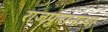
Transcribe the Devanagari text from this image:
राजपुतानाचा